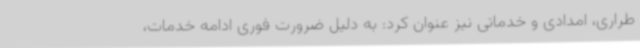
طراری، امدادی و خدماتی نیز عنوان کرد: به دلیل ضرورت فوری ادامه خدمات،